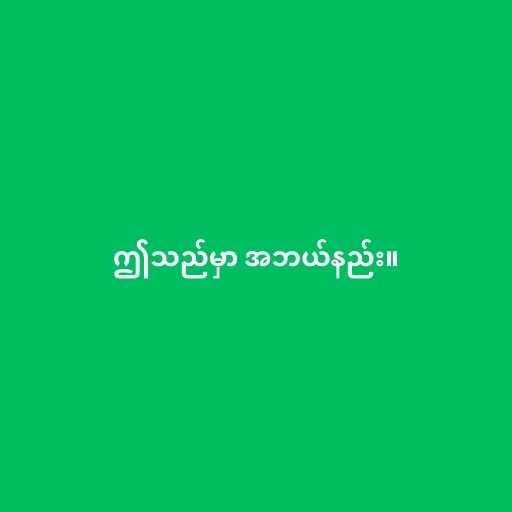
ဤသည်မှာ အဘယ်နည်း။